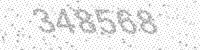
Solution: 348568